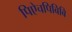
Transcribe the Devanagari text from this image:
पिऐचपिबिबि